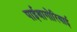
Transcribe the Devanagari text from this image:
पाईथागोरियाई